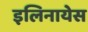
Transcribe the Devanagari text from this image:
इलिनायेस